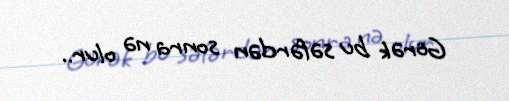
Görək bu səfərdən sonra nə olur..